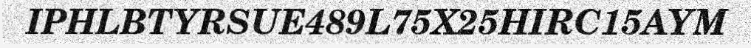
IPHLBTYRSUE489L75X25HIRC15AYM